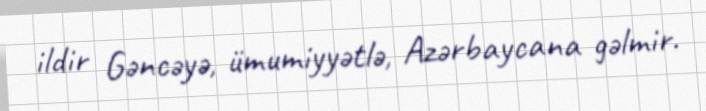
ildir Gəncəyə, ümumiyyətlə, Azərbaycana gəlmir.